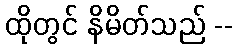
ထိုတွင် နိမိတ်သည် --